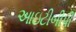
આઇટીબીપી